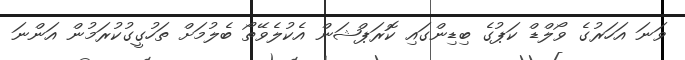
ވަނަ އަހަރުގެ ވޯލްޑް ކަޕުގެ ބިޑިންގައި ކޮރަޕްޝަން އެކުލެވޭތޯ ބެލުމަށް ތަހުގީގުކުރަމުން އަންނަ